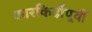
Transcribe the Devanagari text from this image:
कारकिर्दींपूर्वी